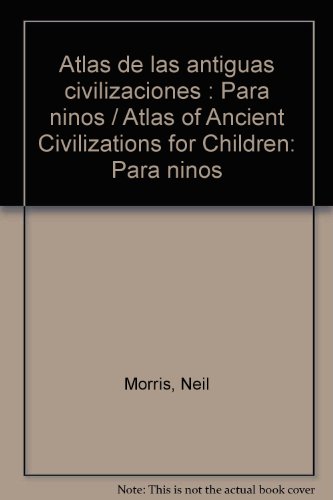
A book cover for Atlas de las antiguas civilizaciones : Para ninos / Atlas of Ancient Civilizations for Children: Para ninos (Spanish Edition); Neil Morris; Travel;